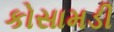
કોસામડી